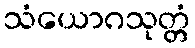
သံယောဂသုတ္တံ